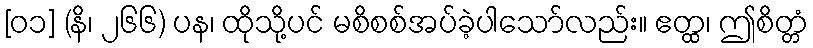
[၀၁] (နိ၊ ၂၆၆) ပန၊ ထိုသို့ပင် မစိစစ်အပ်ခဲ့ပါသော်လည်း။ ဧတ္ထ၊ ဤစိတ္တံ